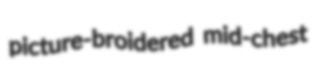
picture-broidered mid-chest